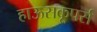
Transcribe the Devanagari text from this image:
हाऊसकूपर्स